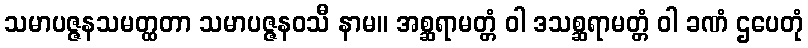
သမာပဇ္ဇနသမတ္ထတာ သမာပဇ္ဇနဝသီ နာမ။ အစ္ဆရာမတ္တံ ဝါ ဒသစ္ဆရာမတ္တံ ဝါ ခဏံ ဌပေတုံ